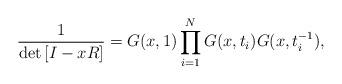
LaTeX: \begin{align*}\frac{1}{\det\left[I-xR\right]}=G(x,1)\prod_{i=1}^{N}G(x,t_{i})G(x,t_{i}^{-1}),\end{align*}